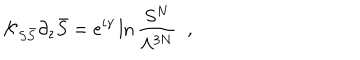
LaTeX: { \cal K } _ { S \bar { S } } \partial _ { z } \bar { S } = e ^ { i \gamma } \ln \frac { S ^ { N } } { \Lambda ^ { 3 N } } \; \; ,